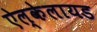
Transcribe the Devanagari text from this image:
ऐल्केलायड